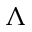
\Lambda